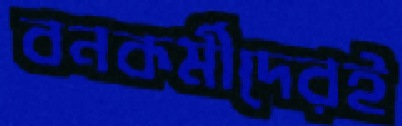
বনকর্মীদেরই